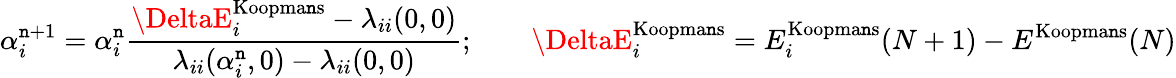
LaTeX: \alpha_{i}^{\mathtt{n}+1}=\alpha_{i}^{\mathtt{n}}\frac{{\DeltaE_{i}^{\mathrm{{Koopma\mathtt{n}s}}}-\lambda_{ii}(0,0)}}{{\lambda_{ii}(\alpha_{i}^{\mathtt{n}},0)-\lambda_{ii}(0,0)}};\qquad\DeltaE_{i}^{\mathrm{{Koopma\mathtt{n}s}}}=E_{i}^{\mathrm{{Koopma\mathtt{n}s}}}(N+1)-E^{\mathrm{{Koopma\mathtt{n}s}}}(N)